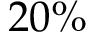
2 0 \%